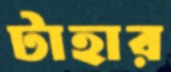
টাহার